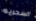
السحريه